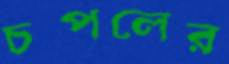
চপলের